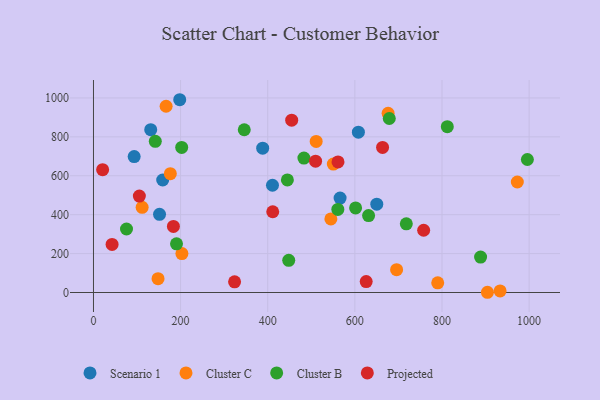
{"axis": {"x": "Study Hours", "y": "Salary"}, "legend": ["Cluster B", "Cluster C", "Projected", "Scenario 1"], "data": [{"x": "151.6", "y": 401.9, "type": "Scenario 1"}, {"x": "198.0", "y": 990.8, "type": "Scenario 1"}, {"x": "158.9", "y": 578.3, "type": "Scenario 1"}, {"x": "650.3", "y": 453.9, "type": "Scenario 1"}, {"x": "566.1", "y": 485.1, "type": "Scenario 1"}, {"x": "131.4", "y": 836.9, "type": "Scenario 1"}, {"x": "608.1", "y": 823.9, "type": "Scenario 1"}, {"x": "410.9", "y": 551.2, "type": "Scenario 1"}, {"x": "388.4", "y": 741.8, "type": "Scenario 1"}, {"x": "93.4", "y": 698.5, "type": "Scenario 1"}, {"x": "111.7", "y": 437.6, "type": "Cluster C"}, {"x": "166.7", "y": 957.3, "type": "Cluster C"}, {"x": "695.8", "y": 117.1, "type": "Cluster C"}, {"x": "676.3", "y": 920.8, "type": "Cluster C"}, {"x": "550.6", "y": 660.2, "type": "Cluster C"}, {"x": "544.9", "y": 378.3, "type": "Cluster C"}, {"x": "511.2", "y": 776.4, "type": "Cluster C"}, {"x": "790.2", "y": 49.9, "type": "Cluster C"}, {"x": "904.3", "y": 1.2, "type": "Cluster C"}, {"x": "203.0", "y": 200.3, "type": "Cluster C"}, {"x": "972.9", "y": 567.9, "type": "Cluster C"}, {"x": "148.2", "y": 71.1, "type": "Cluster C"}, {"x": "933.4", "y": 8.1, "type": "Cluster C"}, {"x": "176.4", "y": 610.8, "type": "Cluster C"}, {"x": "445.1", "y": 578.8, "type": "Cluster B"}, {"x": "346.1", "y": 836.6, "type": "Cluster B"}, {"x": "996.0", "y": 683.7, "type": "Cluster B"}, {"x": "601.7", "y": 434.5, "type": "Cluster B"}, {"x": "888.6", "y": 182.0, "type": "Cluster B"}, {"x": "141.9", "y": 777.1, "type": "Cluster B"}, {"x": "679.0", "y": 894.4, "type": "Cluster B"}, {"x": "75.8", "y": 326.5, "type": "Cluster B"}, {"x": "560.9", "y": 427.2, "type": "Cluster B"}, {"x": "483.1", "y": 691.1, "type": "Cluster B"}, {"x": "190.6", "y": 250.0, "type": "Cluster B"}, {"x": "812.2", "y": 852.4, "type": "Cluster B"}, {"x": "718.1", "y": 352.9, "type": "Cluster B"}, {"x": "448.2", "y": 165.3, "type": "Cluster B"}, {"x": "202.5", "y": 745.9, "type": "Cluster B"}, {"x": "631.5", "y": 395.2, "type": "Cluster B"}, {"x": "323.9", "y": 55.1, "type": "Projected"}, {"x": "509.8", "y": 675.1, "type": "Projected"}, {"x": "21.0", "y": 631.5, "type": "Projected"}, {"x": "411.5", "y": 415.1, "type": "Projected"}, {"x": "105.3", "y": 495.7, "type": "Projected"}, {"x": "455.0", "y": 885.9, "type": "Projected"}, {"x": "663.6", "y": 745.5, "type": "Projected"}, {"x": "561.3", "y": 671.3, "type": "Projected"}, {"x": "626.0", "y": 56.2, "type": "Projected"}, {"x": "757.9", "y": 320.1, "type": "Projected"}, {"x": "183.5", "y": 339.5, "type": "Projected"}, {"x": "42.7", "y": 247.1, "type": "Projected"}]}